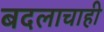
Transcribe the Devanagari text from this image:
बदलाचाही